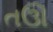
તઊ